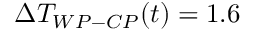
\Delta T _ { W P - C P } ( t ) = 1 . 6